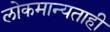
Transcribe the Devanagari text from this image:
लोकमान्यताही